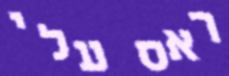
ראס עלי